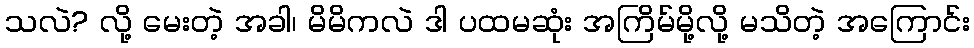
သလဲ? လို့ မေးတဲ့ အခါ၊ မိမိကလဲ ဒါ ပထမဆုံး အကြိမ်မို့လို့ မသိတဲ့ အကြောင်း